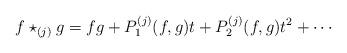
LaTeX: \begin{align*}f\star_{(j)} g = fg + P^{(j)}_1(f,g)t + P^{(j)}_2(f,g)t^2 + \cdots\end{align*}